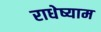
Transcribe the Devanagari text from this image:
राधेष्याम